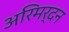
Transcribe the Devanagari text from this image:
अरिमर्दन